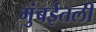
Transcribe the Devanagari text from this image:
मुंबईतली